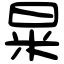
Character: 㫧